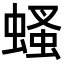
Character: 𧎇